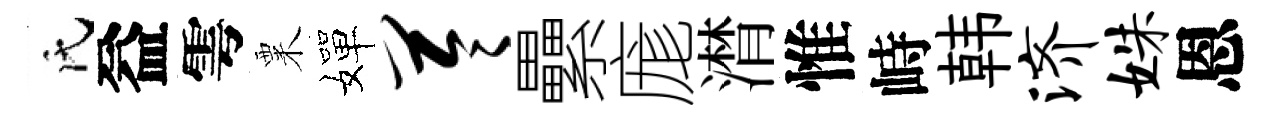
氏益雩粟嬋苓纍庬潸惟峙韩济姝恩